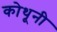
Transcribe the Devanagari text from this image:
कोथूनी